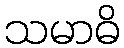
သမာဓိ